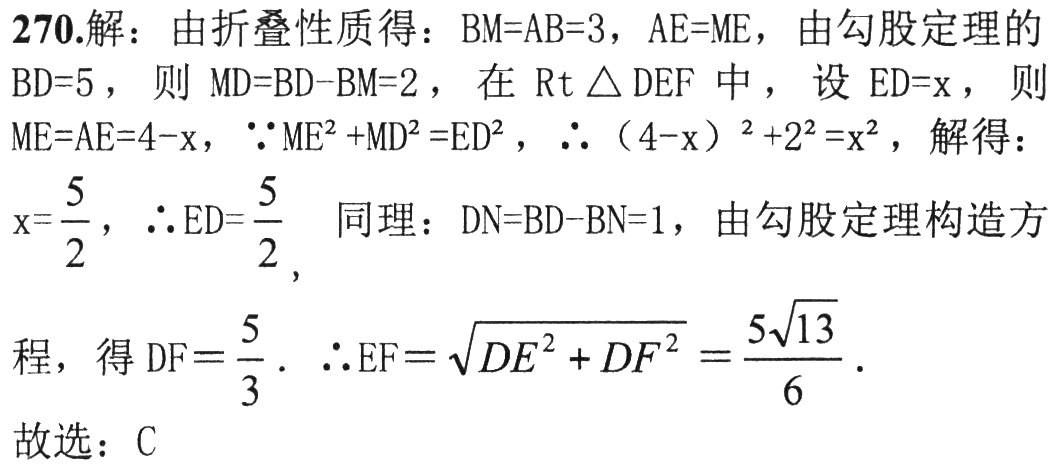
270.解：由折叠性质得：\(BM = AB = 3\)，\(AE = ME\)，由勾股定理的\(BD = 5\)，则 \(MD = BD - BM = 2\)，在 \(Rt\triangle DEF\) 中，设 \(ED = x\)，则 \(ME = AE = 4 - x\)，\(\because ME^{2}+MD^{2}=ED^{2}\)，\(\therefore(4 - x)^{2}+2^{2}=x^{2}\)，解得：\(x = \frac{5}{2}\)，\(\therefore ED=\frac{5}{2}\) 同理：\(DN = BD - BN = 1\)，由勾股定理构造方程，得 \(DF=\frac{5}{3}\)．\(\therefore EF=\sqrt{DE^{2}+DF^{2}}=\frac{5\sqrt{13}}{6}\)． 故选：C